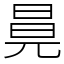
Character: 㫯